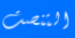
التنصت